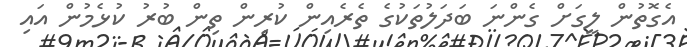
އެގޮތުން ލީގަށް ގެންނަ ބަދަލުތަކުގެ ތެރެއިން ކުރިން ތިން ބުރު ކުޅެމުން އައި